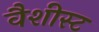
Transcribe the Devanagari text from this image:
वैशीस्ट